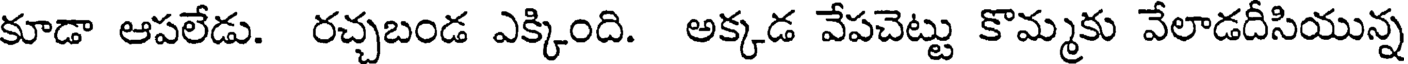
కూడా ఆపలేడు. రచ్చబండ ఎక్కింది. అక్కడ వేపచెట్టు కొమ్మకు వేలాడదీసియున్న